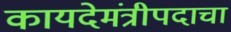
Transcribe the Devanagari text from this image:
कायदेमंत्रीपदाचा